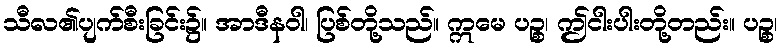
သီလ၏ပျက်စီးခြင်း၌။ အာဒီနဝါ၊ ပြစ်တို့သည်။ ဣမေ ပဉ္စ၊ ဤငါးပါးတို့တည်း။ ပဉ္စ၊